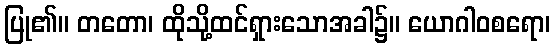
ပြု၏။ တတော၊ ထိုသို့ထင်ရှားသောအခါ၌။ ယောဂါဝစရော၊